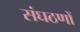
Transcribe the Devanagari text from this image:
संघठणों